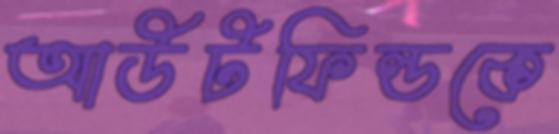
আউটফিল্ডকে